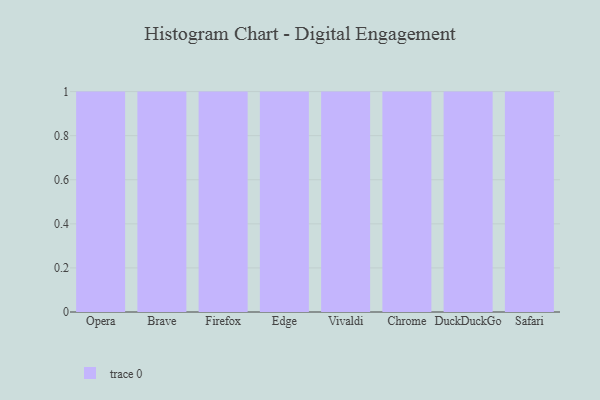
{"axis": {"x": "Browser", "y": "Budget (USD K)"}, "legend": [""], "data": [{"x": "Opera", "y": 74, "type": ""}, {"x": "Brave", "y": 60, "type": ""}, {"x": "Firefox", "y": 65, "type": ""}, {"x": "Edge", "y": 31, "type": ""}, {"x": "Vivaldi", "y": 30, "type": ""}, {"x": "Chrome", "y": 4, "type": ""}, {"x": "DuckDuckGo", "y": 87, "type": ""}, {"x": "Safari", "y": 84, "type": ""}]}